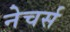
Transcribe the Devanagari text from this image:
नेचर्स